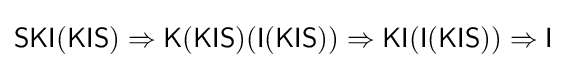
{\mathsf {SKI(KIS)}}\Rightarrow {\mathsf {K(KIS)(I(KIS))}}\Rightarrow {\mathsf {KI(I(KIS))}}\Rightarrow {\mathsf {I}}